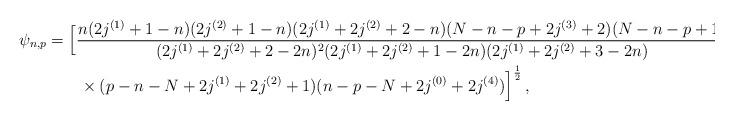
LaTeX: \begin{align*}\psi_{n,p} &= \Big[{\frac{n(2j^{(1)}+1-n)(2j^{(2)}+1-n)(2j^{(1)}+2j^{(2)}+2-n)(N-n-p+2j^{(3)}+2)(N-n-p+1) }{(2j^{(1)}+2j^{(2)} +2-2n)^2(2j^{(1)}+2j^{(2)}+1-2n)(2j^{(1)}+2j^{(2)}+3-2n) } } \\ &\qquad\times { (p-n-N+2j^{(1)}+2j^{(2)}+1)(n-p-N +2j^{(0)}+2j^{(4)}) }\Big]^{\frac12}\,, \end{align*}